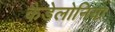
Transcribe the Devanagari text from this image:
कैडेलोनिया